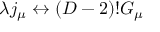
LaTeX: \lambda j _ { \mu } \leftrightarrow ( D - 2 ) ! G _ { \mu }